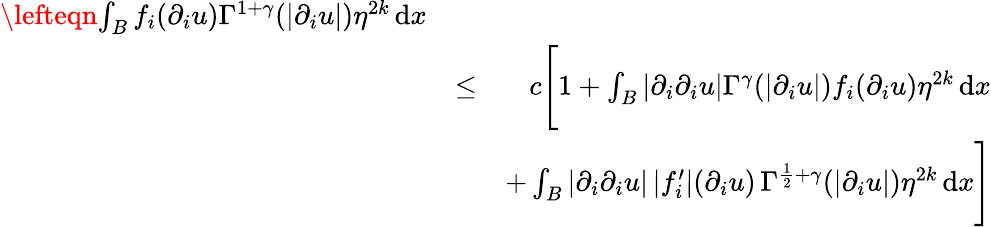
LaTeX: \begin{array}{rlr}{\lefteqn{\int_{B}f_{i}(\partial_{i}u)\Gamma^{1+\gamma}(|\partial_{i}u|)\eta^{2k}\, \mathrm{d}x}}\\ &{\leq}&{c\Bigg[1+\int_{B}|\partial_{i}\partial_{i}u|\Gamma^{\gamma}(|\partial_{i}u|)f_{i}(\partial_{i}u)\eta^{2k}\, \mathrm{d}x}\\ &{}&{+\int_{B}|\partial_{i}\partial_{i}u|\, |f_{i}^{\prime}|(\partial_{i}u)\, \Gamma^{\frac{1}{2}+\gamma}(|\partial_{i}u|)\eta^{2k}\, \mathrm{d}x\Bigg]}\end{array}